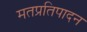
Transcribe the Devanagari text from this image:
मतप्रतिपादन